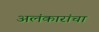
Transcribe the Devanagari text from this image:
अलंकारांचा